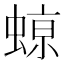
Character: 𮔥